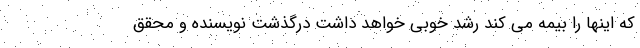
که اینها را بیمه می کند رشد خوبی خواهد داشت درگذشت نویسنده و محقق